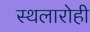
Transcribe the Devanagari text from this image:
स्थलारोही